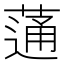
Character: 蓪